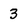
Character: 3